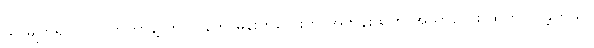
သူ မျက်ရိပ် ပြလိုက်တာနဲ့ တပြိုင်နက် မိန်းကလေးက အတန်းထဲက အသာလေး ထွက်လာခဲ့တယ်။